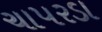
ચાપરડા